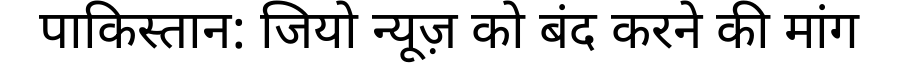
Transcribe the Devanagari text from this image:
पाकिस्तान: जियो न्यूज़ को बंद करने की मांग